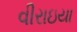
વીરાઇયા